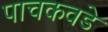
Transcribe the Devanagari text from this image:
पाचकवडे